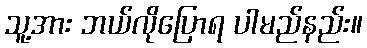
သူ့အား ဘယ်လိုပြောရ ပါမည်နည်း။